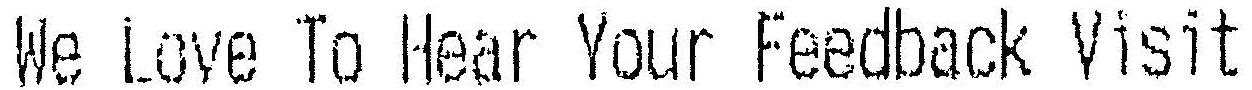
WE LOVE TO HEAR YOUR FEEDBACK VISIT